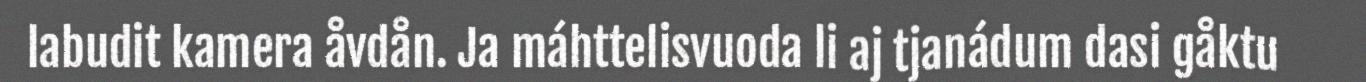
labudit kamera åvdån. Ja máhttelisvuoda li aj tjanádum dasi gåktu